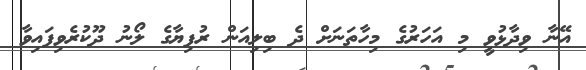
އޭނާ ވިދާޅުވީ މި އަހަރުގެ މިހާތަނަށް ދެ ބިލިއަން ރުފިޔާގެ ލޯނު ދޫކުރެވިފައިވާ